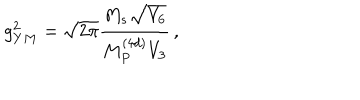
LaTeX: g _ { Y M } ^ { 2 } = \sqrt { 2 \pi } { \frac { M _ { s } \sqrt { V _ { 6 } } } { M _ { P } ^ { ( 4 d ) } V _ { 3 } } } \, ,